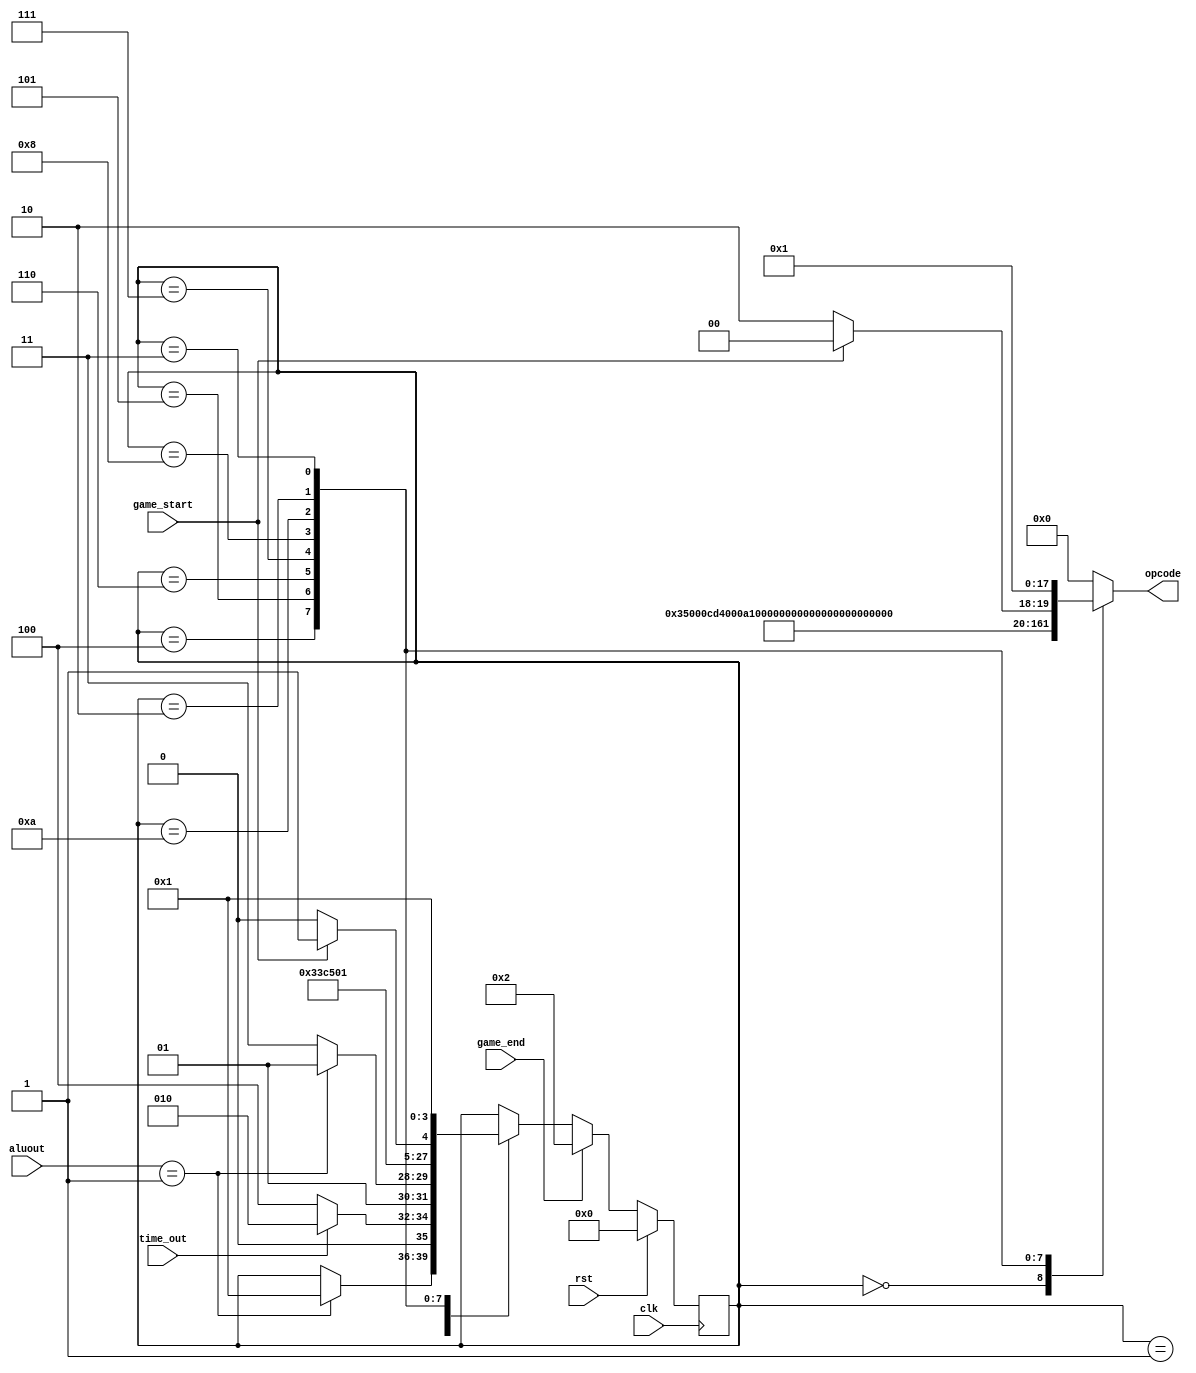
/*
   This file was generated automatically by the Mojo IDE version B1.3.6.
   Do not edit this file directly. Instead edit the original Lucid source.
   This is a temporary file and any changes made to it will be destroyed.
*/

module gameengine_6 (
    input clk,
    input rst,
    input time_out,
    input [15:0] aluout,
    input game_start,
    input game_end,
    output reg [17:0] opcode
  );
  
  
  
  localparam OPC_CMP_TIME_FRAME = 18'h35000;
  
  localparam OPC_CMP_FOOD = 18'h33500;
  
  localparam OPC_INCREMENT_SCORE = 18'h00a10;
  
  localparam OPC_MOVE_SNK_HD = 18'h00080;
  
  localparam OPC_UPDATE_SNK_POS = 18'h00040;
  
  localparam OPC_SPAWN_FOOD = 18'h00020;
  
  localparam OPC_RENDER = 18'h0000c;
  
  localparam OPC_HALT = 18'h00002;
  
  localparam OPC_RESET = 18'h00001;
  
  localparam WAIT_FRAME_gamefsm = 4'd0;
  localparam CHECK_TIME_gamefsm = 4'd1;
  localparam GAME_OVER_gamefsm = 4'd2;
  localparam GAME_START_gamefsm = 4'd3;
  localparam CHECK_EAT_gamefsm = 4'd4;
  localparam INCREMENT_SCORE_gamefsm = 4'd5;
  localparam SPAWN_FOOD_gamefsm = 4'd6;
  localparam MOVE_SNK_HD_gamefsm = 4'd7;
  localparam UPDATE_SNAKE_POS_gamefsm = 4'd8;
  localparam CHECK_WRAP_gamefsm = 4'd9;
  localparam RENDER_gamefsm = 4'd10;
  
  reg [3:0] M_gamefsm_d, M_gamefsm_q = WAIT_FRAME_gamefsm;
  
  always @* begin
    M_gamefsm_d = M_gamefsm_q;
    
    opcode = 1'h0;
    
    case (M_gamefsm_q)
      WAIT_FRAME_gamefsm: begin
        opcode = 18'h35000;
        if (aluout == 1'h1) begin
          M_gamefsm_d = CHECK_TIME_gamefsm;
        end
      end
      CHECK_TIME_gamefsm: begin
        if (time_out == 1'h1) begin
          M_gamefsm_d = GAME_OVER_gamefsm;
        end else begin
          M_gamefsm_d = CHECK_EAT_gamefsm;
        end
      end
      CHECK_EAT_gamefsm: begin
        opcode = 18'h33500;
        if (aluout == 1'h1) begin
          M_gamefsm_d = INCREMENT_SCORE_gamefsm;
        end else begin
          M_gamefsm_d = MOVE_SNK_HD_gamefsm;
        end
      end
      INCREMENT_SCORE_gamefsm: begin
        opcode = 18'h00a10;
        M_gamefsm_d = SPAWN_FOOD_gamefsm;
      end
      SPAWN_FOOD_gamefsm: begin
        opcode = 18'h00020;
        M_gamefsm_d = MOVE_SNK_HD_gamefsm;
      end
      MOVE_SNK_HD_gamefsm: begin
        opcode = 18'h00080;
        M_gamefsm_d = UPDATE_SNAKE_POS_gamefsm;
      end
      UPDATE_SNAKE_POS_gamefsm: begin
        opcode = 18'h00040;
        M_gamefsm_d = RENDER_gamefsm;
      end
      RENDER_gamefsm: begin
        opcode = 18'h0000c;
        M_gamefsm_d = WAIT_FRAME_gamefsm;
      end
      GAME_OVER_gamefsm: begin
        if (game_start) begin
          M_gamefsm_d = GAME_START_gamefsm;
        end else begin
          opcode = 18'h00002;
          M_gamefsm_d = GAME_OVER_gamefsm;
        end
      end
      GAME_START_gamefsm: begin
        opcode = 18'h00001;
        M_gamefsm_d = CHECK_TIME_gamefsm;
      end
    endcase
    if (game_end) begin
      M_gamefsm_d = GAME_OVER_gamefsm;
    end
  end
  
  always @(posedge clk) begin
    if (rst == 1'b1) begin
      M_gamefsm_q <= 1'h0;
    end else begin
      M_gamefsm_q <= M_gamefsm_d;
    end
  end
  
endmodule